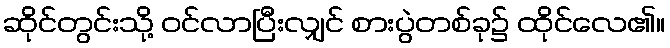
ဆိုင်တွင်းသို့ ဝင်လာပြီးလျှင် စားပွဲတစ်ခု၌ ထိုင်လေ၏။